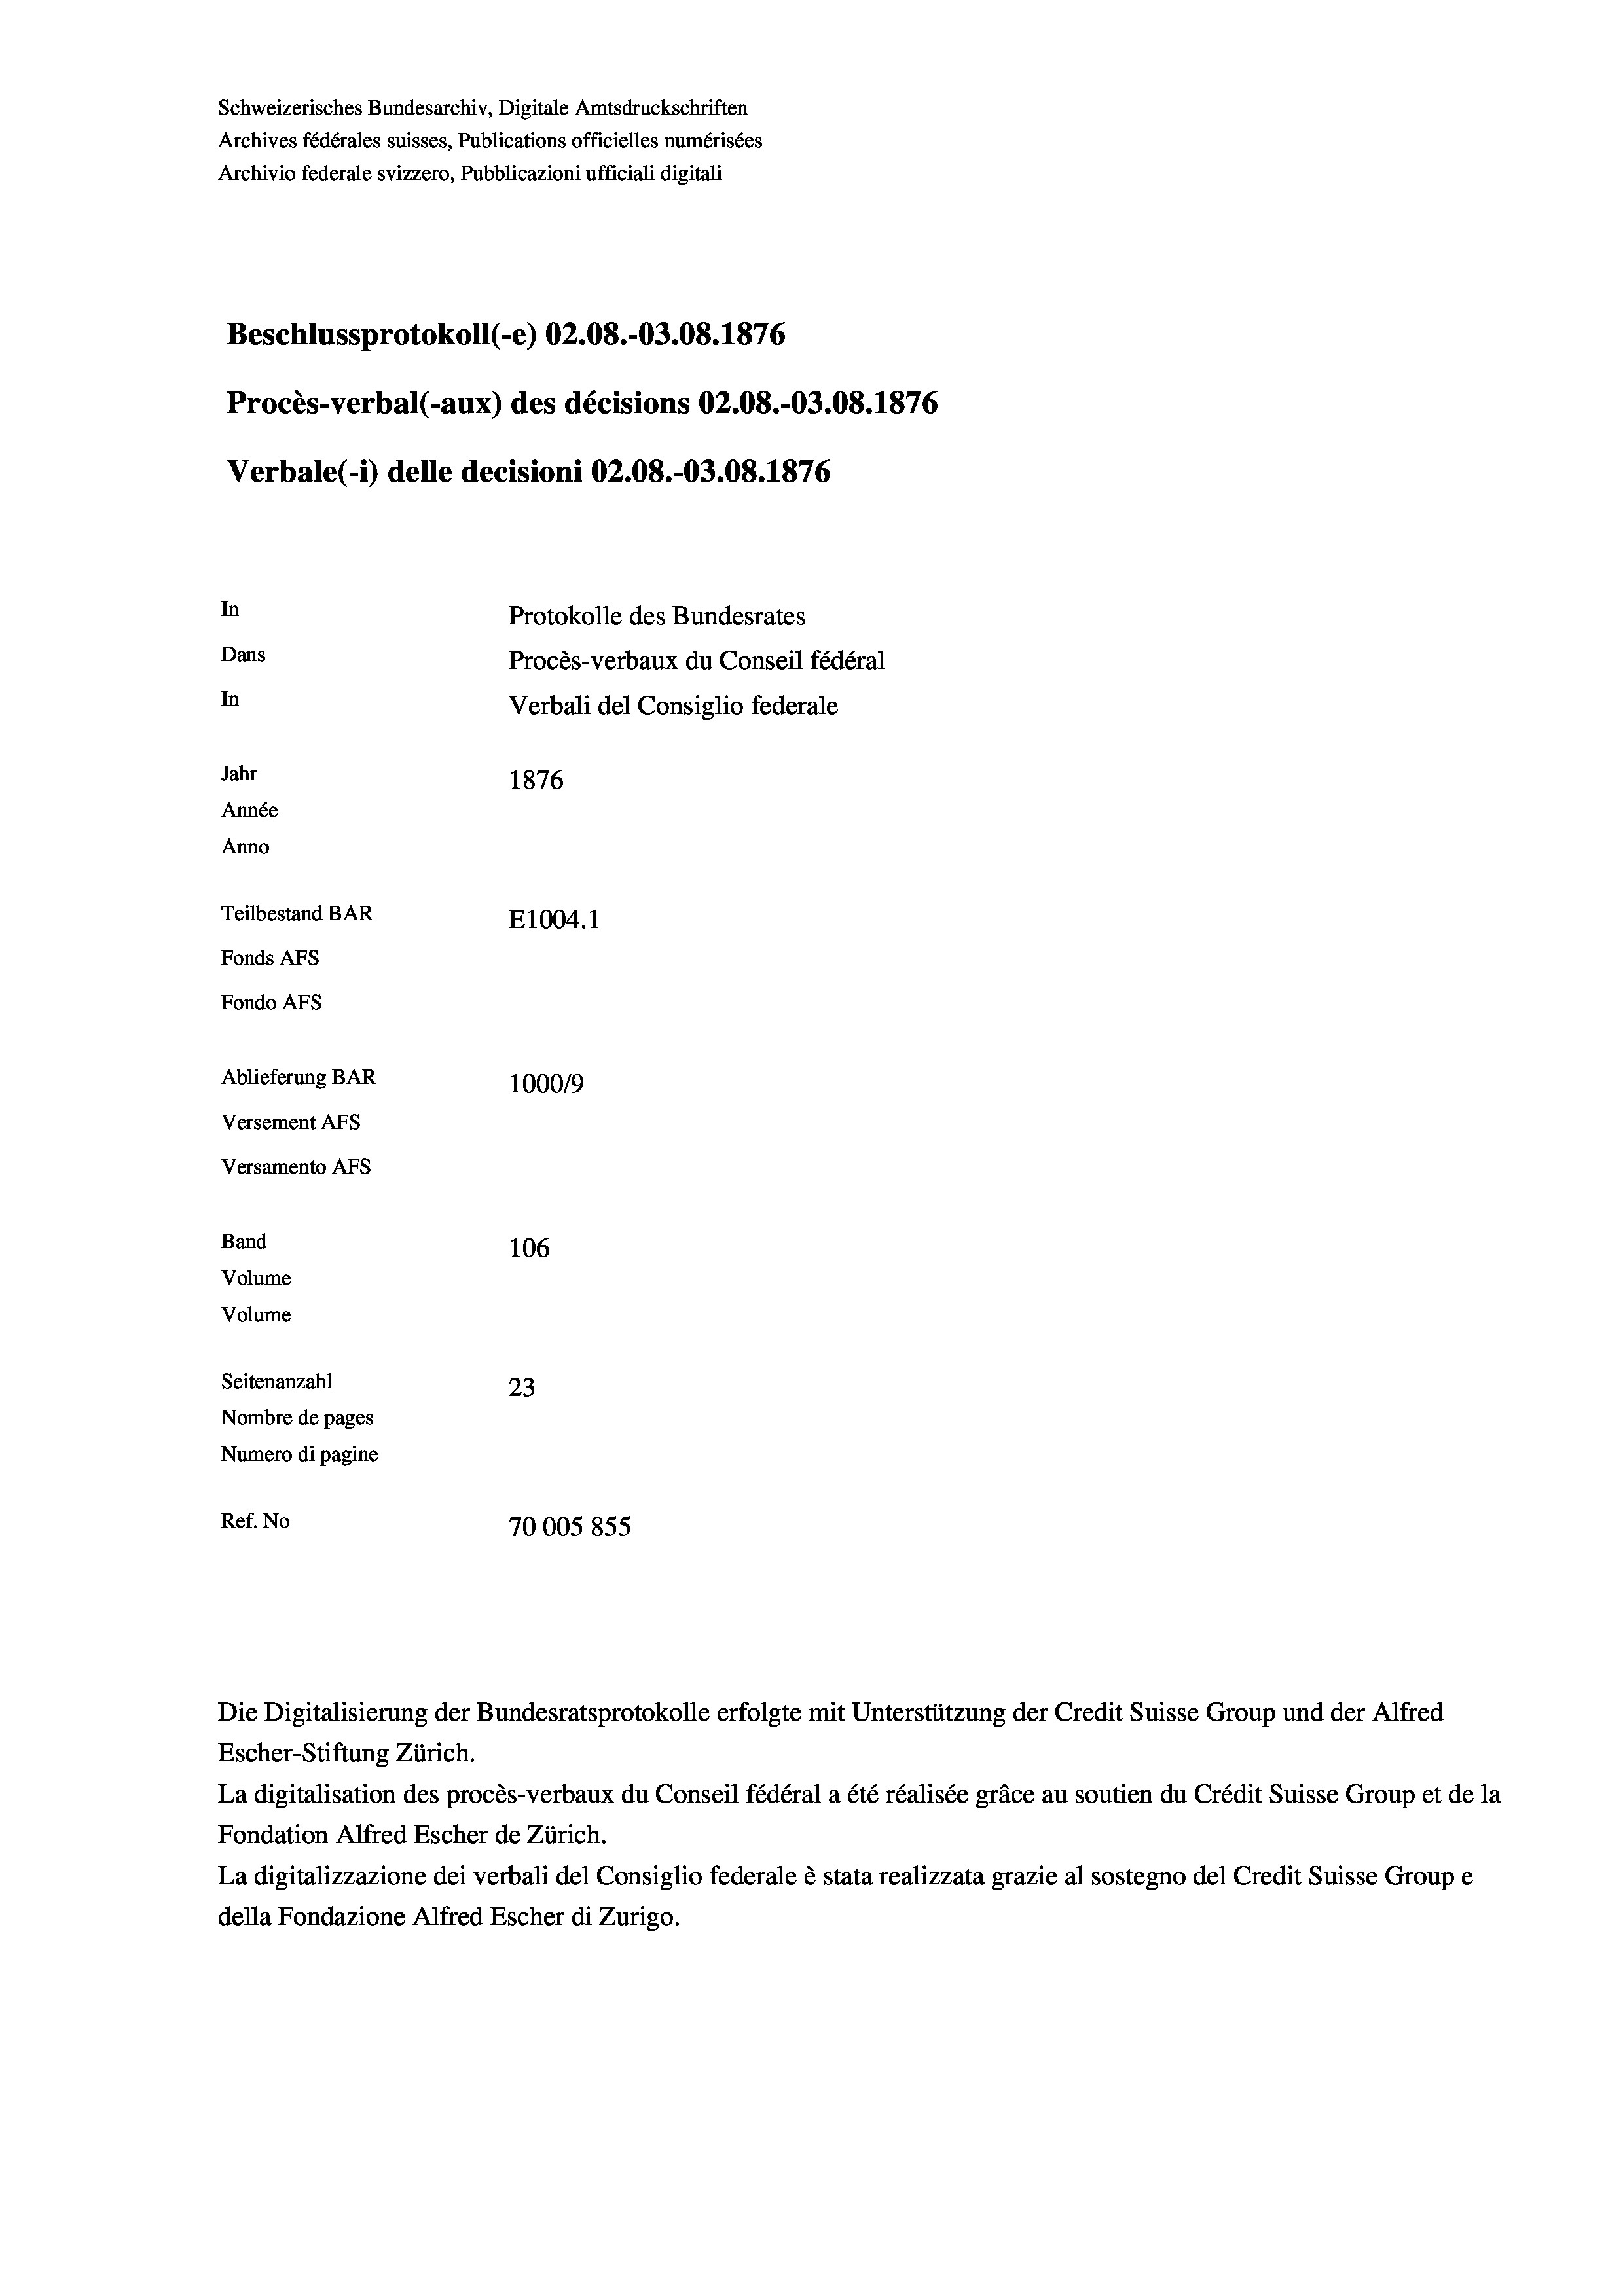
Schweizerisches Bundesarchiv, Digitale Amtsdruckschriften
Archives fédérales suisses, Publications officielles numérisées
Archivio federale svizzero, Pubblicazioni ufficiali digitali
Beschlussprotokoll (-e) 02.08.-03.08. 1876
Procès-verbal (-aux) des décisions 02.08.-03.08. 1876
Verbale(-*) delle decisioni 02.08.-03.08. 1876
In
Protokolle des Bundesrates
Dans
Procès-verbaux du Conseil fédéral
In
Verbali del Consiglio federale
Jahr
1876
Année
Anno
Teilbestand BAR
E1004. 1
Fonds AFs
Fondo Afs
Ablieferung BAR
100019
Versement AFs
Versamento Afs
Band
106
Volume
Volume

Seitenanzahl
23
Nombre de pages
Numero di pagine
Ref. No
70005855

Escher-Stiftung Zürich.
La digitalisation des procès-verbaux du Conseil fédéral a été réalisée gräce au soutien du Crédit Suisse Group et de la
Fondation Alfred Escher de Zürich.
La digitalizzazione dei verbali del Consiglio federale è stata realizzata grazie al sostegno del Credit Suisse Groupe
della Fondazione Alfred Escher di Zurigo.

Die Digitalisierung der Bundesratsprotokolle erfolgte mit Unterstützung der Credit Suisse Group und der Alfred